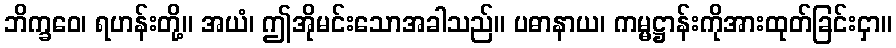
ဘိက္ခဝေ၊ ရဟန်းတို့။ အယံ၊ ဤအိုမင်းသောအခါသည်။ ပဓာနာယ၊ ကမ္မဋ္ဌာန်းကိုအားထုတ်ခြင်းငှာ။